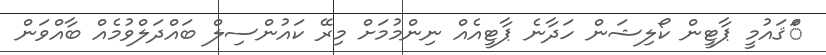
ްަޤައުމީ ޕާޓީން ކޯލިޝަން ހަދާނެ ޕާޓީއެއް ނިންމުމަށް މިރޭ ކައުންސިލް ބައްދަލްވުމެއް ބާއްވަން